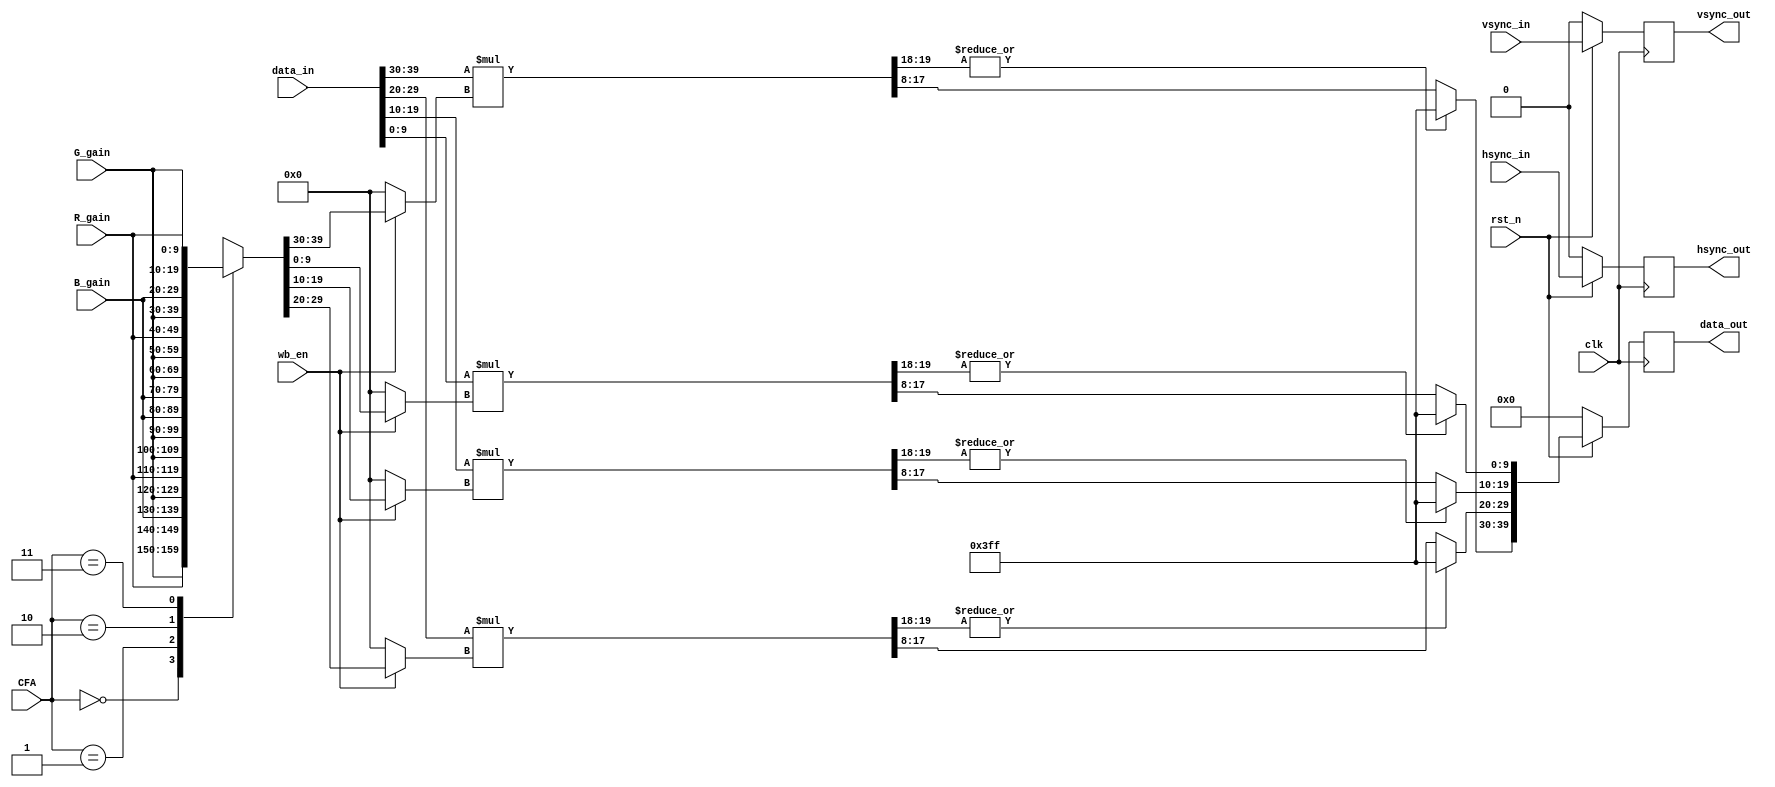
// 1clk get the result
module wb_gain #(
    parameter DW_IN   = 10,
    parameter DW_GAIN = 10,
    parameter DW_DEC  = 8 
)(
    input                    clk      ,
    input                    rst_n    ,

    input      [1:0]         CFA      ,

    input                    wb_en    ,
    input                    vsync_in ,
    input                    hsync_in ,
    input      [DW_IN*4-1:0] data_in  ,

    input      [DW_GAIN-1:0] R_gain   ,
    input      [DW_GAIN-1:0] G_gain   ,
    input      [DW_GAIN-1:0] B_gain   ,

    output reg               vsync_out,
    output reg               hsync_out,
    output reg [DW_IN*4-1:0] data_out
);

reg [DW_GAIN-1:0] awb_gain1,awb_gain2,awb_gain3,awb_gain4; // comb

always@(*) begin
if(wb_en) 
    case(CFA)
        2'b00:begin {awb_gain1,awb_gain2,awb_gain3,awb_gain4}={G_gain,R_gain,B_gain,G_gain}; end
        2'b01:begin {awb_gain1,awb_gain2,awb_gain3,awb_gain4}={R_gain,G_gain,G_gain,B_gain}; end
        2'b10:begin {awb_gain1,awb_gain2,awb_gain3,awb_gain4}={B_gain,G_gain,G_gain,R_gain}; end
        2'b11:begin {awb_gain1,awb_gain2,awb_gain3,awb_gain4}={G_gain,B_gain,R_gain,G_gain}; end
    endcase   
else     
    {awb_gain1,awb_gain2,awb_gain3,awb_gain4}={DW_GAIN{1'b0}};  
end

wire [DW_IN+DW_GAIN-1:0] data1_11_mult = data_in[DW_IN*4-1:DW_IN*3] * awb_gain1; 
wire [DW_IN+DW_GAIN-1:0] data1_12_mult = data_in[DW_IN*3-1:DW_IN*2] * awb_gain2;
wire [DW_IN+DW_GAIN-1:0] data1_21_mult = data_in[DW_IN*2-1:DW_IN]   * awb_gain3;
wire [DW_IN+DW_GAIN-1:0] data1_22_mult = data_in[DW_IN-1:0]         * awb_gain4;

wire [DW_IN+DW_GAIN-DW_DEC-1:0] data1_11_clamp = data1_11_mult >>DW_DEC;
wire [DW_IN+DW_GAIN-DW_DEC-1:0] data1_12_clamp = data1_12_mult >>DW_DEC;
wire [DW_IN+DW_GAIN-DW_DEC-1:0] data1_21_clamp = data1_21_mult >>DW_DEC;
wire [DW_IN+DW_GAIN-DW_DEC-1:0] data1_22_clamp = data1_22_mult >>DW_DEC;

wire [DW_IN-1:0] data1_11_tmp = (|data1_11_clamp[DW_IN+DW_GAIN-DW_DEC-1:DW_IN+DW_GAIN-DW_DEC-2])? 
                                {DW_IN{1'b1}} : data1_11_clamp[DW_IN-1:0];

wire [DW_IN-1:0] data1_12_tmp = (|data1_12_clamp[DW_IN+DW_GAIN-DW_DEC-1:DW_IN+DW_GAIN-DW_DEC-2])? 
                                {DW_IN{1'b1}} : data1_12_clamp[DW_IN-1:0];

wire [DW_IN-1:0] data1_21_tmp = (|data1_21_clamp[DW_IN+DW_GAIN-DW_DEC-1:DW_IN+DW_GAIN-DW_DEC-2])? 
                                {DW_IN{1'b1}} : data1_21_clamp[DW_IN-1:0];

wire [DW_IN-1:0] data1_22_tmp = (|data1_22_clamp[DW_IN+DW_GAIN-DW_DEC-1:DW_IN+DW_GAIN-DW_DEC-2])? 
                                {DW_IN{1'b1}} : data1_22_clamp[DW_IN-1:0];

always@(posedge clk) 
begin
    if(!rst_n) begin
        data_out  <= {DW_IN*4{1'b0}};
        hsync_out <= 1'b0;
        vsync_out <= 1'b0;
    end
    else begin
        data_out  <= {data1_11_tmp,data1_12_tmp,data1_21_tmp,data1_22_tmp}; 
        hsync_out <= hsync_in;
        vsync_out <= vsync_in;
    end
end    

endmodule